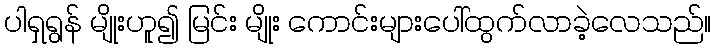
ပါရှရွန် မျိုးဟူ၍ မြင်း မျိုး ကောင်းများပေါ်ထွက်လာခဲ့လေသည်။